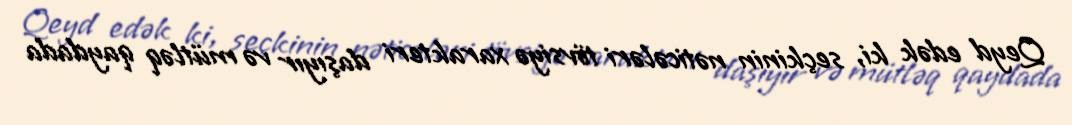
Qeyd edək ki, seçkinin nəticələri tövsiyə xarakteri daşıyır və mütləq qaydada